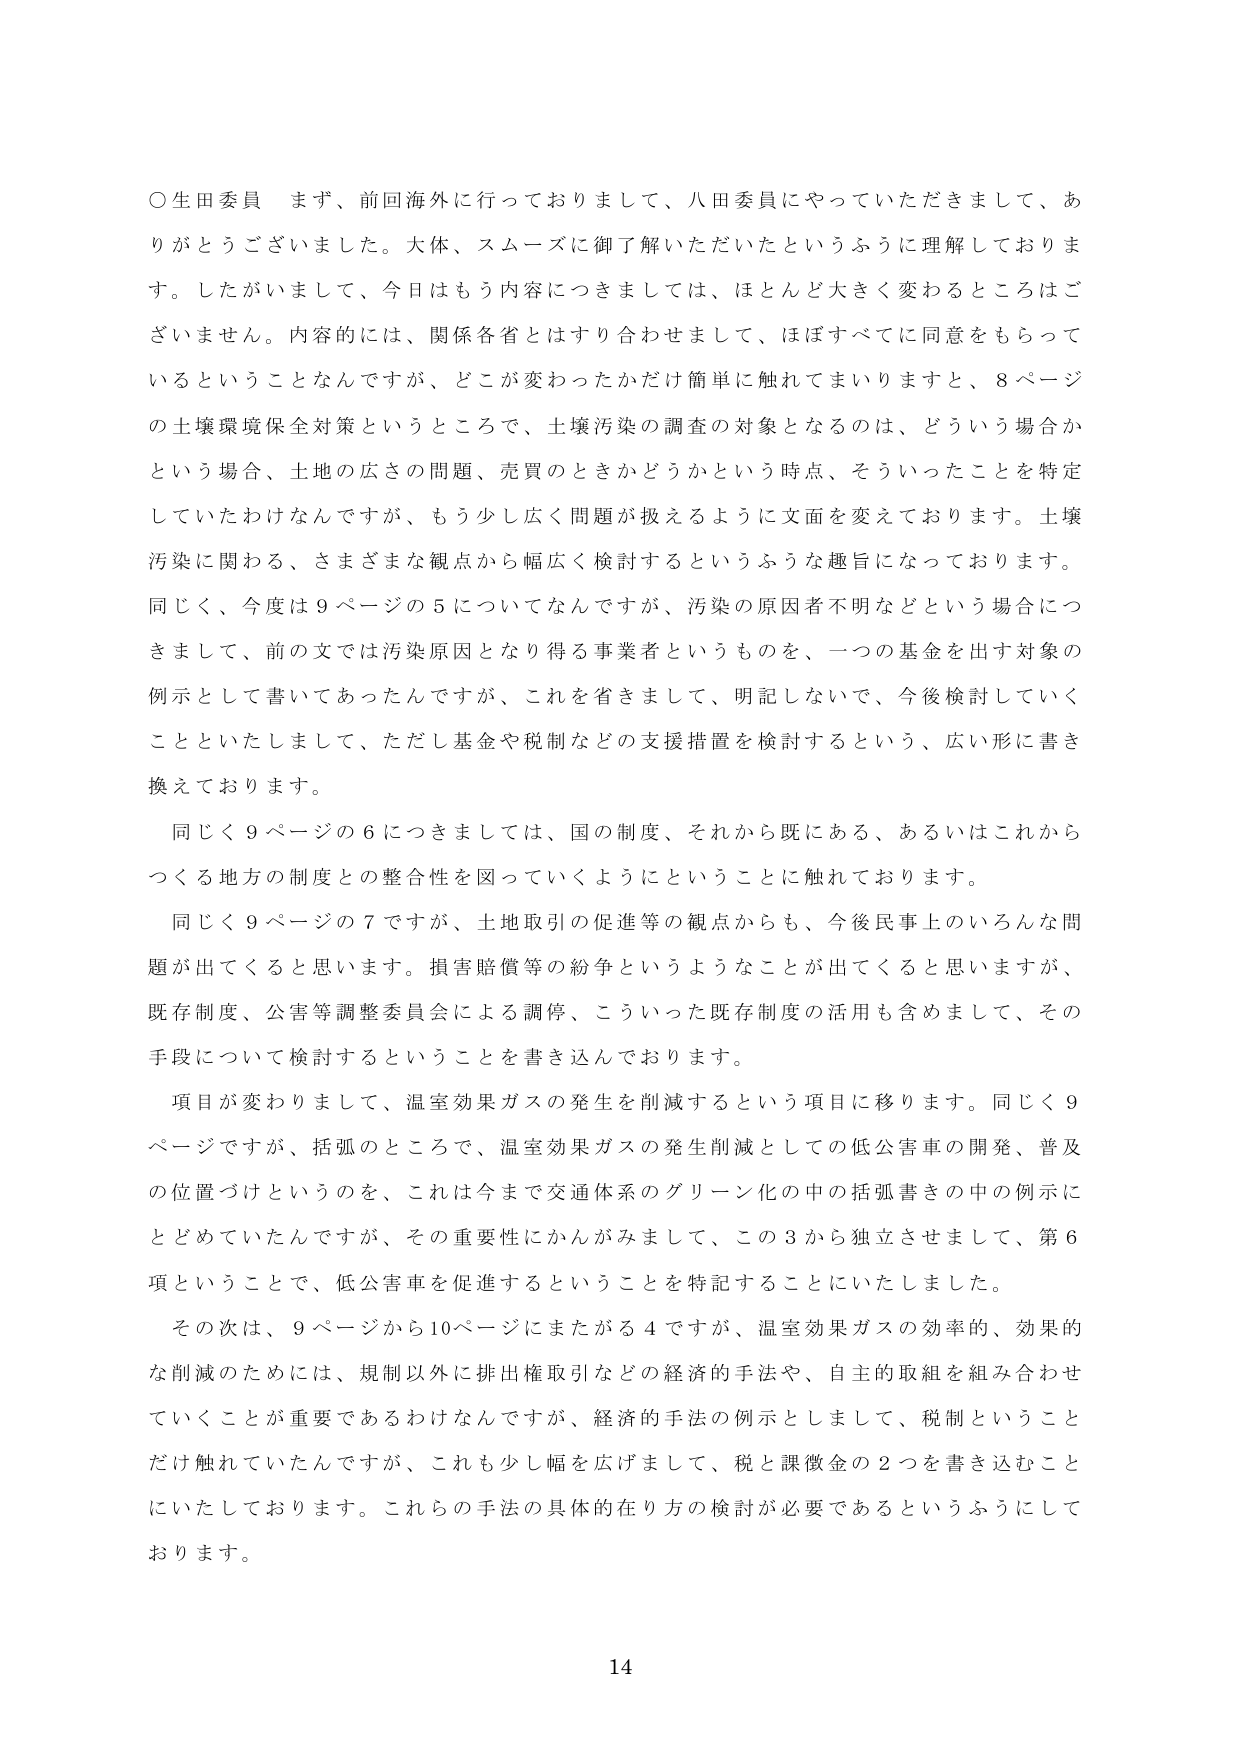
○生田委員 まず、前回海外に行っておりまして、八田委員にやっていただきまして、ありがとうございました。大体、スムーズに御了解いただいたというふうに理解しております。したがいまして、今日はもう内容につきましては、ほとんど大きく変わるとこはございません。内容的には、関係各省とはすり合わせまして、ほぼすべてに同意をもらっているということなんですが、どこが変わったかだけ簡単に触れてまいりますと、8ページの土壌環境保全対策というところで、土壌汚染の調査の対象となるのは、どういう場合かという場合、土地の広さの問題、売買のときかどうかという時点、そういったことを特定していたわけなんですが、もう少し広く問題が扱えるように文面を変えております。土壌汚染に関わる、さまざまな観点から幅広く検討するというふうな趣旨になっております。同じく、今度は9ページの5についてなんですが、汚染の原因者不明などという場合につきまして、前の文では汚染原因となり得る事業者というものを、一つの基金を出す対象の例示として書いてあったんですが、これを省きまして、明記しないで、今後検討していくことといたしまして、ただし基金や税制などの支援措置を検討するという、広い形に書き換えております。

同じく9ページの6につきましては、国の制度、それから既にある、あるいはこれからつくる地方の制度との整合性を図っていくようにということに触れております。

同じく9ページの7ですが、土地取引の促進等の観点からも、今後民事上のいろんな問題が出てくると思います。損害賠償等の紛争というようなことが出てくると思いますが、既存制度、公害等調整委員会による調停、こういった既存制度の活用も含めまして、その手段について検討するということを書き込んでおります。

項目が変わりまして、温室効果ガスの発生を削減するという項目に移ります。同じく9ページですが、括弧のところで、温室効果ガスの発生削減としての低公害車の開発、普及の位置づけというのを、これは今まで交通体系のグリーン化の中の括弧書きの中の例示にとどめていたんですが、その重要性にかんがみまして、この3から独立させまして、第6項ということで、低公害車を促進するということを特記することにいたしました。

その次は、9ページから10ページにまたがる4ですが、温室効果ガスの効率的、効果的な削減のためには、規制以外に排出権取引などの経済的手法や、自主的取組を組み合わせていくことが重要であるわけなんですが、経済的手法の例示としまして、税制ということだけ触れていたんですが、これも少し幅を広げまして、税と課徴金の2つを書き込むことにいたしております。これらの手法の具体的在り方の検討が必要であるというふうにしております。

14